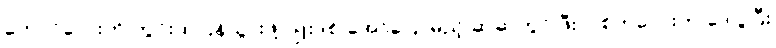
ကောင်လေးကို ကွင်းထဲပြန်သွားဖို့ ဂျူးဒစ် အော်ပြောမည့် ဆဲဆဲတွင် ဖီးလစ်ကလေးက ဒေါပွပြီး